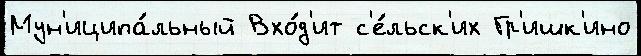
Мун'иципа́льный Вхо́д'ит с'е́льск'их Гр'ишк'ино